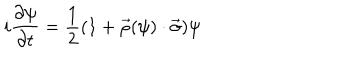
i { \frac { \partial \psi } { \partial t } } = { \frac { 1 } { 2 } } ( 1 + \vec { \rho } ( \psi ) \cdot \vec { \sigma } ) \psi